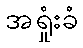
အရှုံးခံ